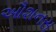
ઔશનસ